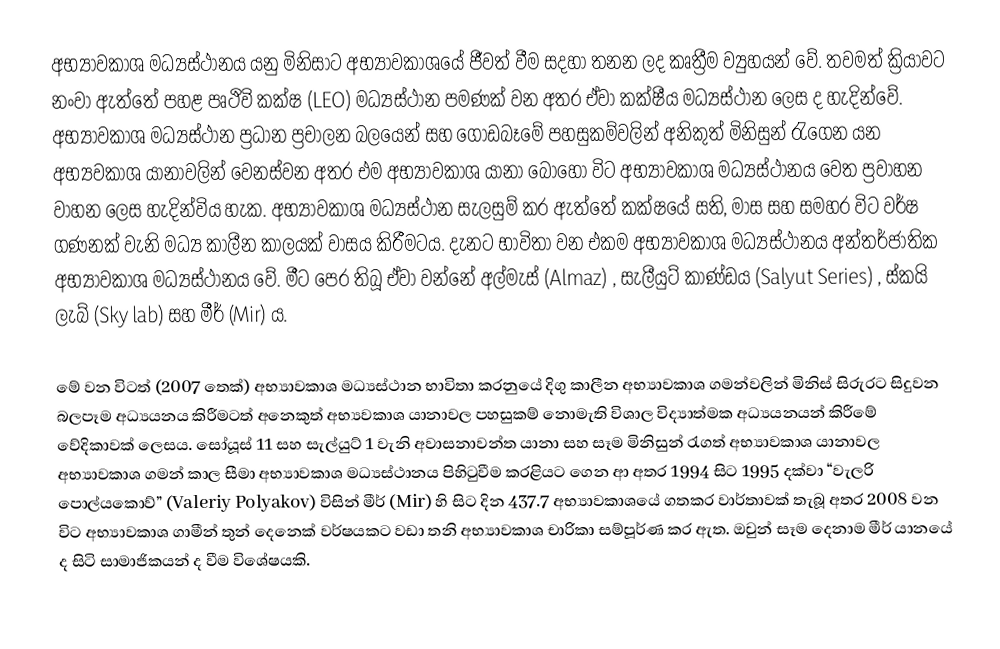
අභ්‍යාවකාශ මධ්‍යස්ථානය යනු මිනිසාට අභ්‍යාවකාශයේ ජීවත් වීම සදහා තනන ලද කෘත්‍රීම ව්‍යුහයන් වේ. තවමත් ක්‍රියාවට නංවා ඇත්තේ පහළ පෘථිවි කක්ෂ (LEO) මධ්‍යස්ථාන පමණක් වන අතර ඒවා කක්ෂීය මධ්‍යස්ථාන ලෙස ද හැදින්වේ. අභ්‍යාවකාශ මධ්‍යස්ථාන ප්‍රධාන ප්‍රචාලන බලයෙන් සහ ගොඩබෑමේ පහසුකම්වලින් අනිකුත් මිනිසුන් රැගෙන යන අභ්‍යවකාශ යානාවලින් වෙනස්වන අතර එම අභ්‍යාවකාශ යානා බොහෝ විට අභ්‍යාවකාශ මධ්‍යස්ථානය වෙත ප්‍රවාහන වාහන ලෙස හැදින්විය හැක. අභ්‍යාවකාශ මධ්‍යස්ථාන සැලසුම් කර ඇත්තේ කක්ෂයේ සති, මාස සහ සමහර විට වර්ෂ ගණනක් වැනි මධ්‍ය කාලීන කාලයක් වාසය කිරීමටය. දැනට භාවිතා වන එකම අභ්‍යාවකාශ මධ්‍යස්ථානය අන්තර්ජාතික අභ්‍යාවකාශ මධ්‍යස්ථානය වේ. මීට පෙර තිබූ ඒවා වන්නේ අල්මැස් (Almaz) , සැලීයුට් කාණ්ඩය (Salyut Series) , ස්කයි ලැබ් (Sky lab) සහ මීර් (Mir) ය.

මේ වන විටත් (2007 තෙක්) අභ්‍යාවකාශ මධ්‍යස්ථාන භාවිතා කරනුයේ දිගු කාලීන අභ්‍යාවකාශ ගමන්වලින් මිනිස් සිරුරට සිදුවන බලපෑම අධ්‍යයනය කිරීමටත් අනෙකුත් අභ්‍යවකාශ යානාවල පහසුකම් නොමැති විශාල විද්‍යාත්මක අධ්‍යයනයන් කිරීමේ වේදිකාවක් ලෙසය. සෝයූස් 11 සහ සැල්යුට් 1 වැනි අවාසනාවන්ත යානා සහ සෑම මිනිසුන් රැගත් අභ්‍යාවකාශ  යානාවල අභ්‍යාවකාශ ගමන් කාල සීමා අභ්‍යාවකාශ මධ්‍යස්ථානය පිහිටුවීම කරළියට ගෙන ආ අතර 1994 සි‍ට 1995 දක්වා “වැලරි පොල්යකොව්” (Valeriy Polyakov)  විසින් මීර් (Mir) හි සිට දින 437.7 අභ්‍යාවකාශයේ ගතකර වාර්තාවක් තැබූ අතර 2008 වන විට අභ්‍යාවකාශ ගාමීන් තුන් දෙනෙක් වර්ෂයකට වඩා තනි අභ්‍යාවකාශ චාරිකා සම්පූර්ණ කර ඇත. ඔවුන් සෑම දෙනාම මීර් යානයේ ද සිටි සාමාජිකයන් ද වීම විශේෂයකි.